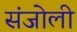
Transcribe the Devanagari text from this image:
संजोली